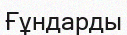
Ғұндарды